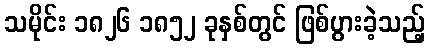
သမိုင်း ၁၈၂၆ ၁၈၅၂ ခုနှစ်တွင် ဖြစ်ပွားခဲ့သည့်